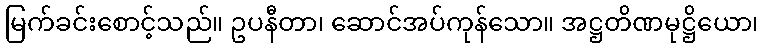
မြက်ခင်းစောင့်သည်။ ဥပနီတာ၊ ဆောင်အပ်ကုန်သော။ အဋ္ဌတိဏမုဋ္ဌိယော၊